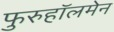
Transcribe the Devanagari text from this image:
फुरुहॉलमेन